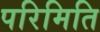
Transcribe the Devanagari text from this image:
परिमिति